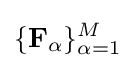
\{\mathbf {F} _{\alpha }\}_{\alpha =1}^{M}